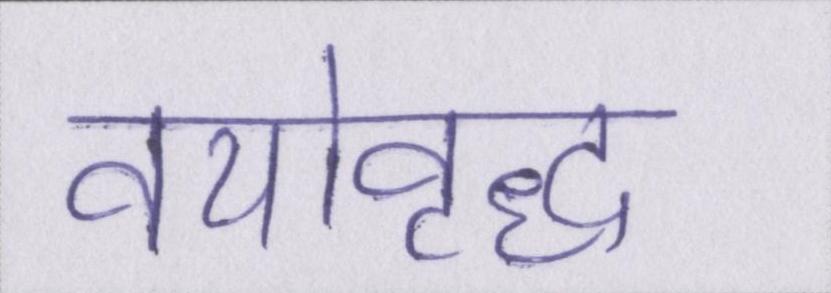
वयोवृद्ध